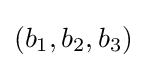
(b_{1},b_{2},b_{3})